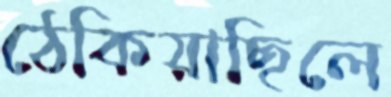
ঠেকিয়াছিলে